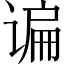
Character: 谝